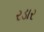
રડાર